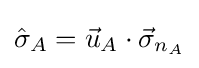
{\hat {\sigma }}_{A}={\vec {u}}_{A}\cdot {\vec {\sigma }}_{n_{A}}